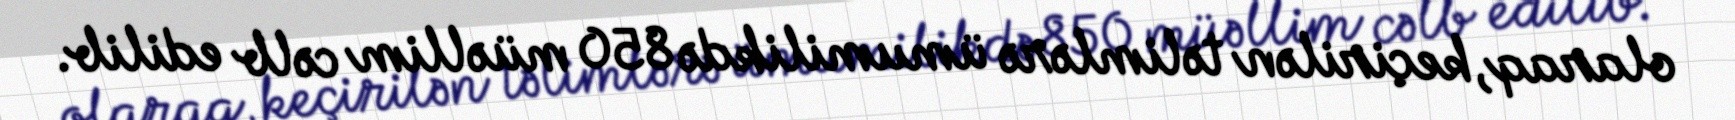
olaraq, keçirilən təlimlərə ümumilikdə 850 müəllim cəlb edilib.